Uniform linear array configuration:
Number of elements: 4
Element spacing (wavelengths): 0.5
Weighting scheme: kaiser
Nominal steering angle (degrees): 15
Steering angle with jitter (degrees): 16.769
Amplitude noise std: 0.05
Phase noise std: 0.05

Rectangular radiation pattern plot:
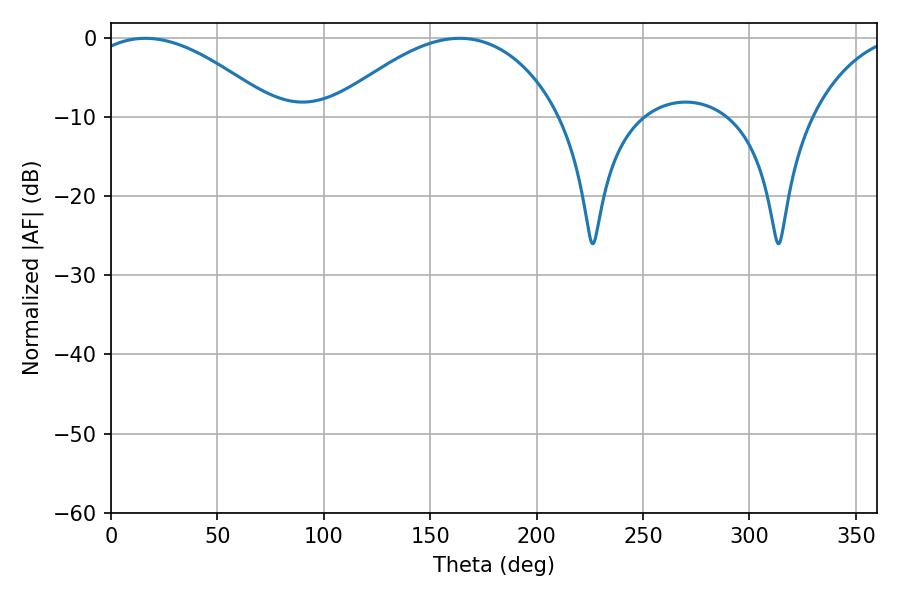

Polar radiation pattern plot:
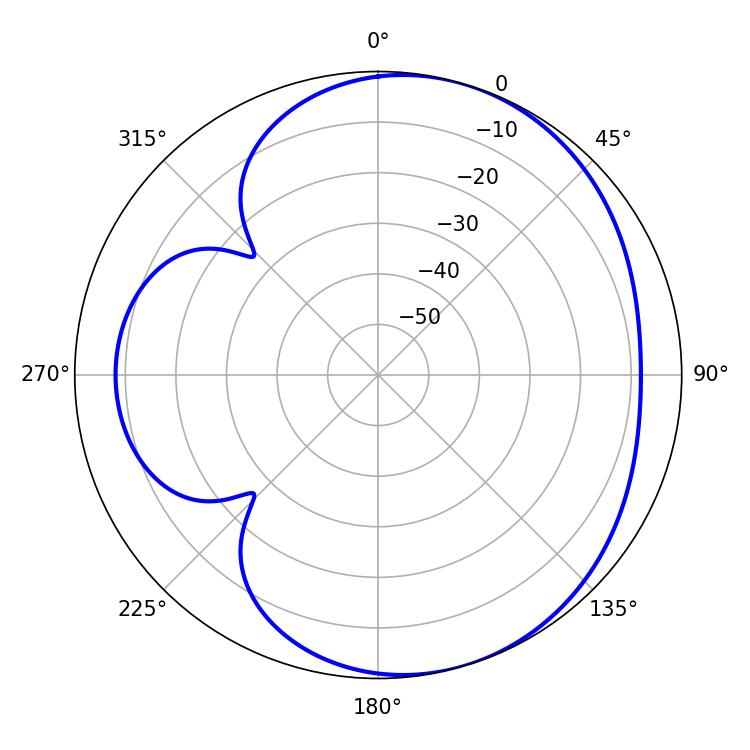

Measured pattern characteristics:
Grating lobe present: FALSE
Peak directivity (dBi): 4.845
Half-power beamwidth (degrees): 48.78
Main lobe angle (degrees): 16.2